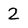
Character: 2